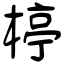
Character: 楟